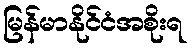
မြန်မာနိုင်ငံအစိုးရ